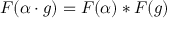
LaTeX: F ( \alpha \cdot g ) = F ( \alpha ) * F ( g )